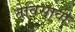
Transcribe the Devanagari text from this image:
तेविसावी